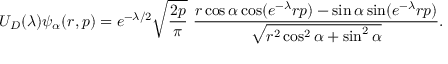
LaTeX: U _ { D } ( \lambda ) \psi _ { \alpha } ( r , p ) = e ^ { - \lambda / 2 } \sqrt { \frac { 2 p } { \pi } } \ \frac { r \cos \alpha \cos ( e ^ { - \lambda } r p ) - \sin \alpha \sin ( e ^ { - \lambda } r p ) } { \sqrt { r ^ { 2 } \cos ^ { 2 } \alpha + \sin ^ { 2 } \alpha } } .